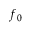
f _ { 0 }